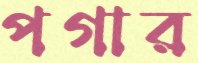
পগার